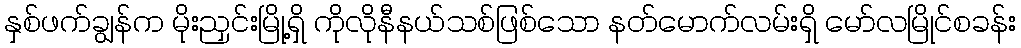
နှစ်ဖက်ချွန်က မိုးညှင်းမြို့ရှိ ကိုလိုနီနယ်သစ်ဖြစ်သော နတ်မောက်လမ်းရှိ မော်လမြိုင်စခန်း